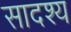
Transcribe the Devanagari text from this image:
सादश्य